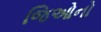
જિઓનો